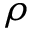
\rho